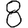
Digit: 8